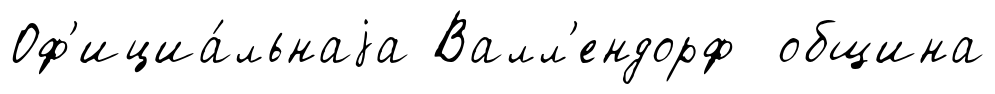
Оф'ициа́льнаjа Валл'ендорф община